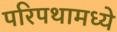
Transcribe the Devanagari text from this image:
परिपथामध्ये